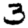
Digit: 3